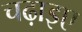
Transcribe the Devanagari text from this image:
चढ़ाइए